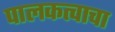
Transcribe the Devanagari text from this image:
पालकत्वाचा